Report of cholera committee
Disease focus: Cholera
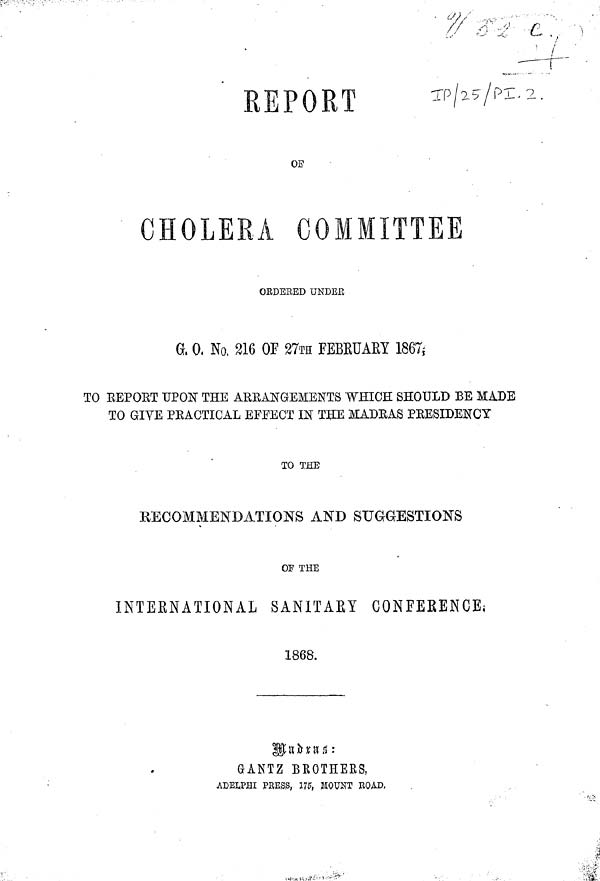
REPORT
OB
CHOLERA COMMITTEE
ORDERED UNDER
G. O. No, 216 OF 27TH FEBRUARY 1867,
TO REPORT UPON THE ARRANGEMENTS WHICH SHOULD BE MADE
TO GIVE PRACTICAL EFFECT IN THE MADRAS PRESIDENCY
TO THE
RECOMMENDATIONS AND SUGGESTIONS
OF THE
INTERNATIONAL SANITARY CONFERENCE;
1868.
Madras:
GANTZ BROTHERS,
ADELPHI PRESS, 175, MOUNT ROAD.